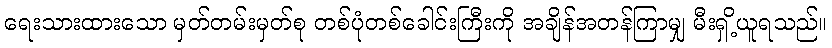
ရေးသားထားသော မှတ်တမ်းမှတ်စု တစ်ပုံတစ်ခေါင်းကြီးကို အချိန်အတန်ကြာမျှ မီးရှိ့ယူရသည်။